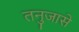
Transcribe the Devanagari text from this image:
तनुजासे